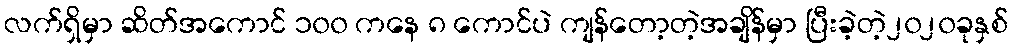
လက်ရှိမှာ ဆိတ်အကောင် ၁၀၀ ကနေ ၈ ကောင်ပဲ ကျန်တော့တဲ့အချိန်မှာ ပြီးခဲ့တဲ့၂၀၂၀ခုနှစ်